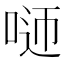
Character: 𠴴